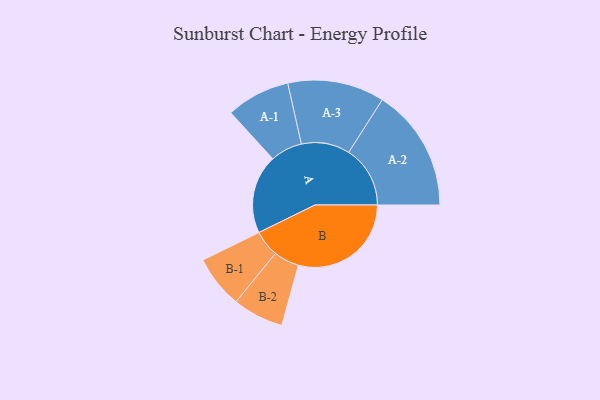
{"axis": {"x": "Segment", "y": "Value"}, "legend": ["", "A", "B"], "data": [{"x": "A", "y": 344, "type": ""}, {"x": "B", "y": 492, "type": ""}, {"x": "A-1", "y": 139, "type": "A"}, {"x": "A-2", "y": 268, "type": "A"}, {"x": "A-3", "y": 211, "type": "A"}, {"x": "B-1", "y": 115, "type": "B"}, {"x": "B-2", "y": 111, "type": "B"}]}